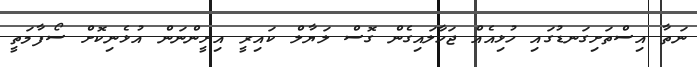
ނަތާ އިސްތަށިގަނޑުގައި ހުޅިއެއް ޖަހާލައިގެން ގޮސް ލަޔާލް ކައިރީ އިށީންނަން އުޅެނިކޮށް ސޯފާމަތީ